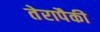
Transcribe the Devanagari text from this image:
तेरापैकी